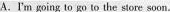
A.'m going to go to the store soon.